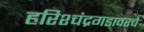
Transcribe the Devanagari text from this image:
हरिश्चंद्रगडावरचे